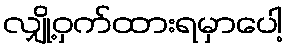
လျှို့ဝှက်ထားရမှာပေါ့